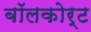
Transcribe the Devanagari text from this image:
बॉलकोर्ट